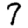
Digit: 7